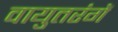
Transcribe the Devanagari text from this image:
वायुतरंगें